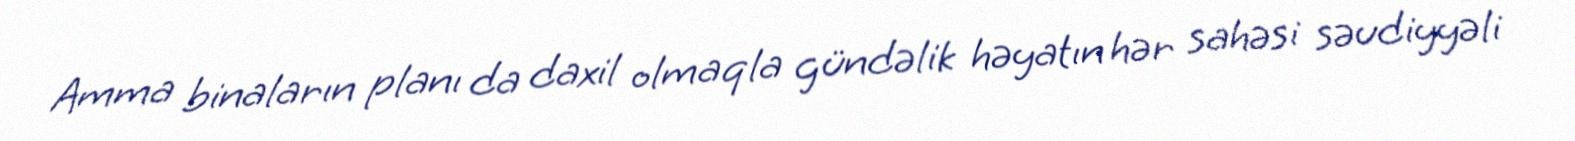
Amma binaların planı da daxil olmaqla gündəlik həyatın hər sahəsi səudiyyəli